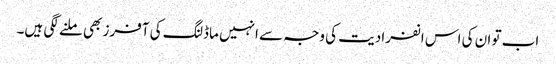
اب تو ان کی اس انفرادیت کی وجہ سے انہیں ماڈلنگ کی آفرز بھی ملنے لگی ہیں۔